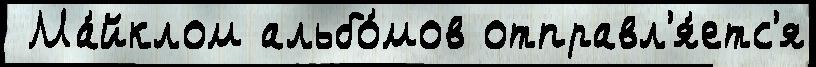
 Ма́йклом альбо́мов отправл'я́етс'я